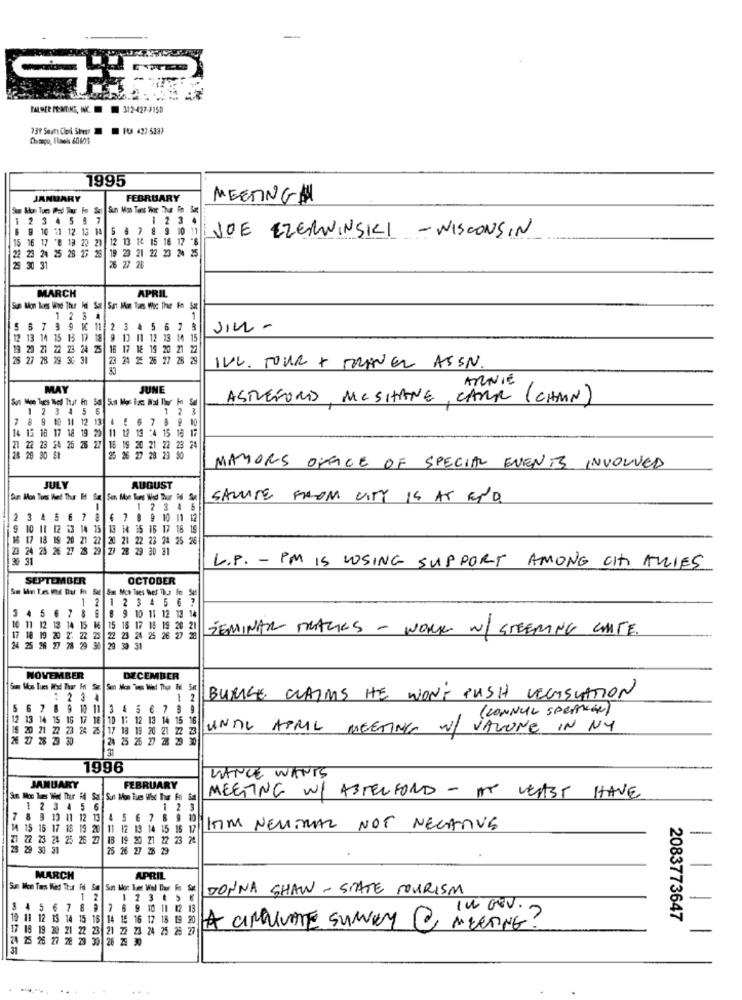
PALMER MENTIKS, INC. 312-427-2150
F4 427-5337
1995
JANUARY
FEBRUARY
MEETING#
1 2 3 4 5 8 7
1234
$ 9 10 11 12 13 14 5 6 7 8 9 10 11
JOE EZERWINSKI -WISCONSIN
15 16 17 "@ 19 22 20 12 13 12 15 16 17 -8
23 24 25 26 26 28 19 20 21 22 23 24
26 27 28
30 31
MARCH
APRIL
Sun Mon Tues Woud Thur Fini Sat San Mon Tues Wec Thur Fm Sat
1 2 8 4
5 6 7 3 9 10 11 2
5
67 3
JILL -
12 13 14 15 13 17 18 9 10
11 12 13 14 15
13 20 21 22 23 24 25
17 18 19 20
27 28
29 30 31
23 24 25 26 27 28 29
IVL. TOUR + TRAINER ASEN.
ARNIE
MAY
JUNE
Sos Mon Tues Ied That fn So Son Mor ist. Nad Thur Fo S
ASTREFORD, MCSHANE, CARR (CHMIN)
1
2345 6
1 2
3
9
10 11 12 13
14
14 13 16 17 18 19 20
1 12 13 :4 15 18 1
21 22 23 24
25 76
16 19 20 21 22 28 2
28 29 90
St
27 28 29
MAYORS OFFICE OF SPECIAL EVENTS INVOLVED
JULY
AUGUST
Ar Mon Toes Hed Thur I Sat Son Mon Tues Wod Thur M Se
SALITE FROM CITY IS AT END.
1 2345
2 3 4 5 6 7 8 6 7 8 9 10 11 12
7 8 9 10 11 1
9 10 11 12 13 14 15 13 14 15 16 17 18 19
18 17 18 19 20 21 22 20 21 22 23 24 25 26
21 22 23 24 25 26
23 24 25 26 27 28 29 27 28 29 30 31
23 30 31
L.P. - PM IS LOSING SUPPORT AMONG CHT ALLIES
SEPTEMBER
OCTOBER
1 2 1 23 4 5 6 7
5 4
5 6 7 8 6 8 9 10 11 12 13 14
10 11 12 13 1
:16 15 16 17 18 19 20 21
8 19 20
23 24 25 26 27 2
SEMINAR TRAGES - WORK w/ STEERING CUTE.
NOVEMBER
DECEMBER
12 3 4
BURKE CLAIMS HE WON'T PUSH LEGISLATION
5 6 7 8 9 10 11 3 4 5 6 7 8 9
( CONNUL SPEAKER)
15 16 17 18 10 1: 12 13 14 15 1
23 2 25 17 18 19 20 21 2
UNNL APRIL MEETING w/ VALONE IN NY
26 27 28 23 30
25 26 27 28 29 30
1996
LANCE WANTS
JANUARY
FEBRUARY
MEETING W/ ASTECFOND - AT LEAST HAVE
2 3 4 5 6
1 23
7
8 9 13 11 12 13
13 4 5 6 7 8 9 1
$ 15 17 18
20 11 12 13 14 15 15 17
KIM NEUTRAL NOT NEGATIVE
3 24 25 26 27 18 19 20 21 22 23 28
29 30 31
MARCH
APRIL
Sun Mon Tares Wed Thur Foi Sat Sun Mor. Tet Wol Thur Fn Sat
JONNA SHAW - STATE TOURISM
1 2
12345 6
5 6 7 8 9 7 6 9 10 11 12 13
IN GEV.
12 11 12 13 14 15 16 14 15 16 17 18 19 20
15 16 17 18 19 2
2083773647
17 18 19 20 21 22 23 21 22 23 24 25 26 27
23 24 25 28
A CIRCULATE SUNNY MEETING ?
26 27 28 29
30 28 25 30
..